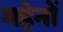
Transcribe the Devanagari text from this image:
महेनों